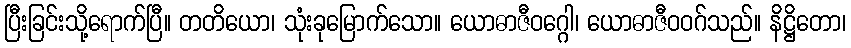
ပြီးခြင်းသို့ရောက်ပြီ။ တတိယော၊ သုံးခုမြောက်သော။ ယောဓာဇီဝဂ္ဂေါ၊ ယောဓာဇီဝဝဂ်သည်။ နိဋ္ဌိတော၊